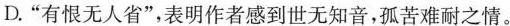
D.”有恨无人省”，表明作者感到世无知音，孤苦难耐之情。